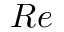
R e